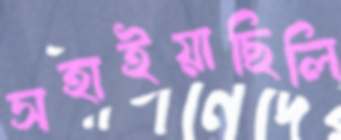
সহাইয়াছিলি